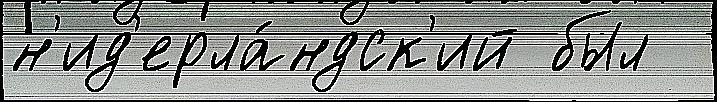
н'ид'ерла́ндск'ий был